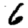
Digit: 6